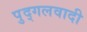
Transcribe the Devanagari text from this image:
पुद्गलवादी